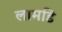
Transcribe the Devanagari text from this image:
लामडि